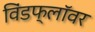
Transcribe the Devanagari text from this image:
विंडफ्लॉवर